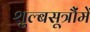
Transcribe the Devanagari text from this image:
शुल्बसूत्रौंमें